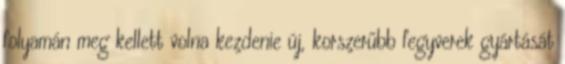
folyamán meg kellett volna kezdenie új, korszerűbb fegyverek gyártását